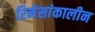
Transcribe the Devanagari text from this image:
रिनेसांकालीन